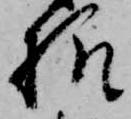
様